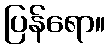
ပြန်ရော။